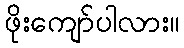
ဖိုးကျော်ပါလား။